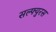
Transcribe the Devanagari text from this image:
सल्फ्युरस